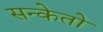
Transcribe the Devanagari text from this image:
सन्केतो